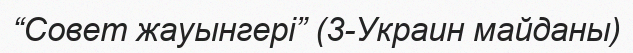
“Совет жауынгері” (3-Украин майданы)